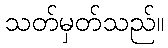
သတ်မှတ်သည်။